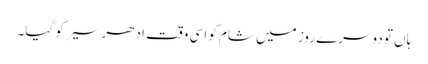
ہاں تو دوسرے روز میں شام کو اسی وقت ادھر سیر کو گیا۔